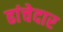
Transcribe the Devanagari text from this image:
ढांचेदार